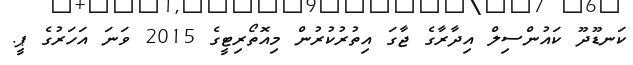
ކަނޑޫދޫ ކައުންސިލް އިދާރާގެ ޖާގަ އިތުރުކުރުން މިއޮތޯރިޓީގެ 2015 ވަނަ އަހަރުގެ ޕީ.